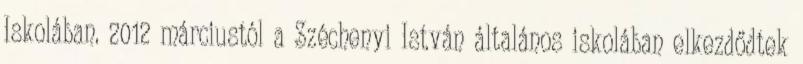
Iskolában. 2012 márciustól a Széchenyi István általános iskolában elkezdődtek